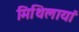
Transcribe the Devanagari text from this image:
मिथिलायां